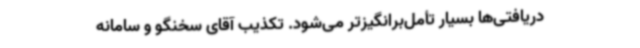
دریافتی‌ها بسیار تأمل‌برانگیزتر می‌شود. تکذیب آقای سخنگو و سامانه‌